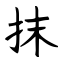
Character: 抹